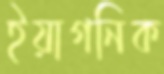
ইয়াগনিক